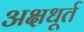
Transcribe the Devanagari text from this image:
अक्षधूर्त